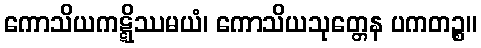
ကောသိယကဋ္ဋိဿမယံ၊ ကောသိယသုတ္တေန ပကတဉ္စ။